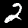
Label: 2